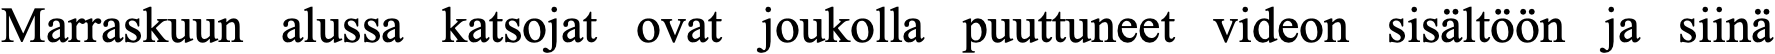
Marraskuun alussa katsojat ovat joukolla puuttuneet videon sisältöön ja siinä